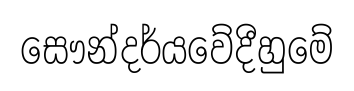
සෞන්දර්යවේදීහුමේ